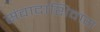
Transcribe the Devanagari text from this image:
संवादाशिवाय